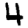
Digit: 4